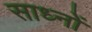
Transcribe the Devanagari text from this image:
साध्नों